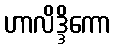
ဟာလိဒ္ဒိကော